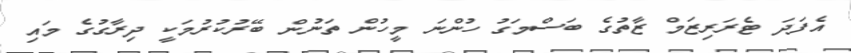
އެފަދަ ޓެރަރިޒަމް ޒާތުގެ ބަސްމަގު ހުންނަ މީހުން ތަނުން ބޭރުކުރުމަކީ ދިރާގުގެ މައި